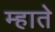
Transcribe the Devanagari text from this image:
म्हाते